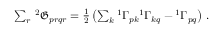
\begin{array} { r } { \sum _ { r } \, { ^ { 2 } \mathfrak { G } _ { p r q r } } = \frac { 1 } { 2 } \left( \sum _ { k } { ^ { 1 } \Gamma } _ { p k } { ^ { 1 } \Gamma } _ { k q } - { ^ { 1 } \Gamma } _ { p q } \right) \, . } \end{array}